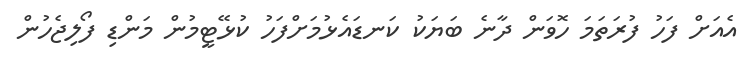
އެއަށް ފަހު ފުރަތަމަ ހޮވަން ދާނެ ބަޔަކު ކަނޑައެޅުމަށްފަހު ކުޅޭޓީމުން މަންޑި ފޯލިޖެހުން